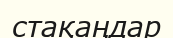
стақаңдар